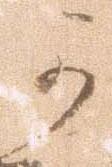
可